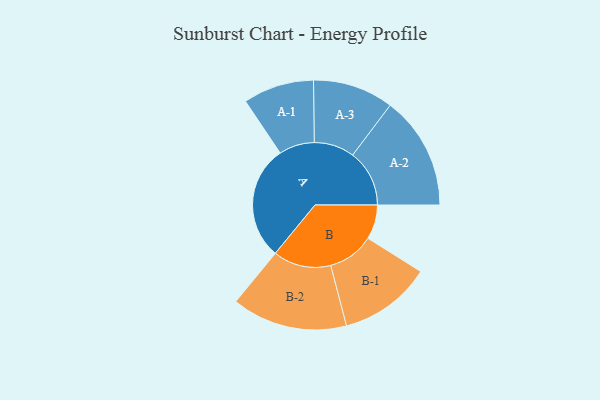
{"axis": {"x": "Segment", "y": "Value"}, "legend": ["", "A", "B"], "data": [{"x": "A", "y": 425, "type": ""}, {"x": "B", "y": 128, "type": ""}, {"x": "A-1", "y": 132, "type": "A"}, {"x": "A-2", "y": 211, "type": "A"}, {"x": "A-3", "y": 150, "type": "A"}, {"x": "B-1", "y": 172, "type": "B"}, {"x": "B-2", "y": 215, "type": "B"}]}